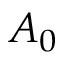
A _ { 0 }